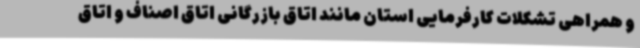
و همراهی تشکلات کارفرمایی استان مانند اتاق بازرگانی اتاق اصناف و اتاق